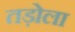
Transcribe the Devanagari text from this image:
तड़ोला